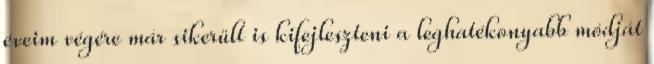
éveim végére már sikerült is kifejleszteni a leghatékonyabb módját